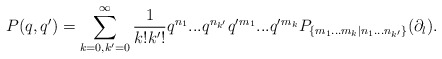
\begin{align*}P(q,q')=\sum \limits_{k=0,k'=0}^{\infty} \frac{1}{k!k'!}q^{n_1}...q^{n_{k'}} q'{}^{m_1}...q'{}^{m_{k}} P_{\{m_1...m_k |n_1...n_{k'}\}} (\partial_l).\end{align*}